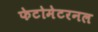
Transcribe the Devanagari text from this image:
फेटोमेटरनल